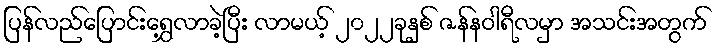
ပြန်လည်ပြောင်းရွှေ့လာခဲ့ပြီး လာမယ့် ၂၀၂၂ခုနှစ် ဇန်နဝါရီလမှာ အသင်းအတွက်